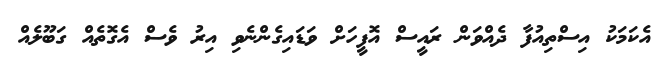
އެކަމަކު އިސްތިއުފާ ދެއްވަން ރައީސް އޮފީހަށް ވަޑައިގެންނެވި އިރު ވެސް އެގޮތެއް ގަބޫލެއް